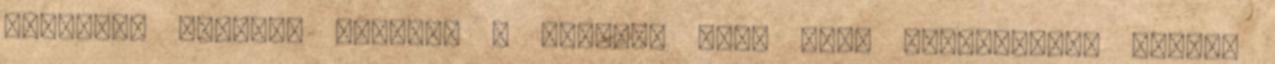
erőnléti edzések mellett a Hip-Hop tánc mint szenvedély, sport,